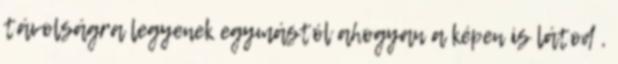
távolságra legyenek egymástól ahogyan a képen is látod ,